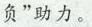
负”助力。